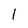
Character: l